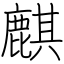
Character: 麒